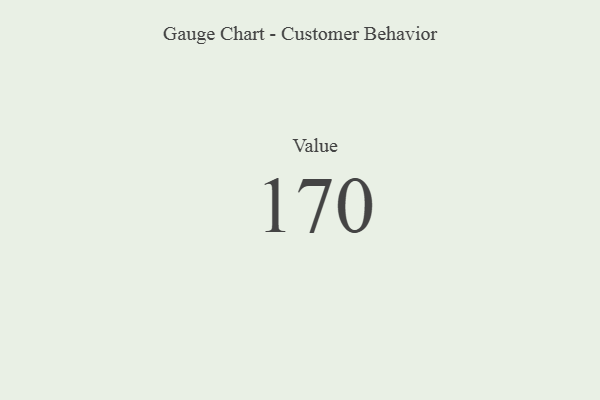
{"axis": {"x": "Metric", "y": "Value"}, "legend": [""], "data": [{"x": "Value", "y": 170, "type": ""}]}